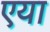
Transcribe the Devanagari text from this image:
एया